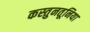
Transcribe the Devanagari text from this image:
कस्तुनतूनिया